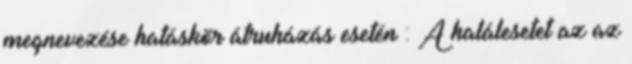
megnevezése hatáskör átruházás esetén : A halálesetet az az